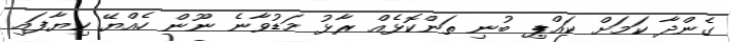
ގެންދާ ކަމަށް ކައްޕި ބުނި ތަންކޮޅެއް ރާޅު މަޑުވާނެ ނޫން ހެއްޔޭ ކިޔާފައި